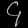
Digit: ၄